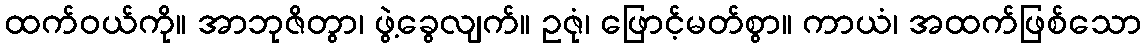
ထက်ဝယ်ကို။ အာဘုဇိတွာ၊ ဖွဲ့ခွေလျက်။ ဥဇုံ၊ ဖြောင့်မတ်စွာ။ ကာယံ၊ အထက်ဖြစ်သော